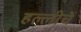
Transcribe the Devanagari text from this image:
हल्लीचें